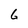
Character: 6